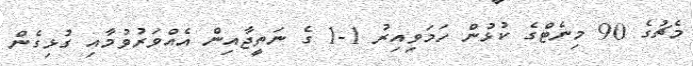
މެޗުގެ 90 މިނެޓްގެ ކުޅުން ހަމަވިއިރު 1-1 ގެ ނަތީޖާއިން އެއްވަރުވުމާއި ގުޅިގެން